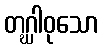
တဂ္ဃါဝုသော